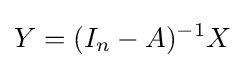
Y=(I_{n}-A)^{-1}X